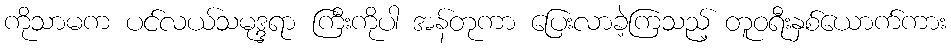
ကိုသာမက ပင်လယ်သမုဒ္ဒရာ ကြီးကိုပါ အန်တုကာ ပြေးလာခဲ့ကြသည့် တူဝရီးနှစ်ယောက်ကား